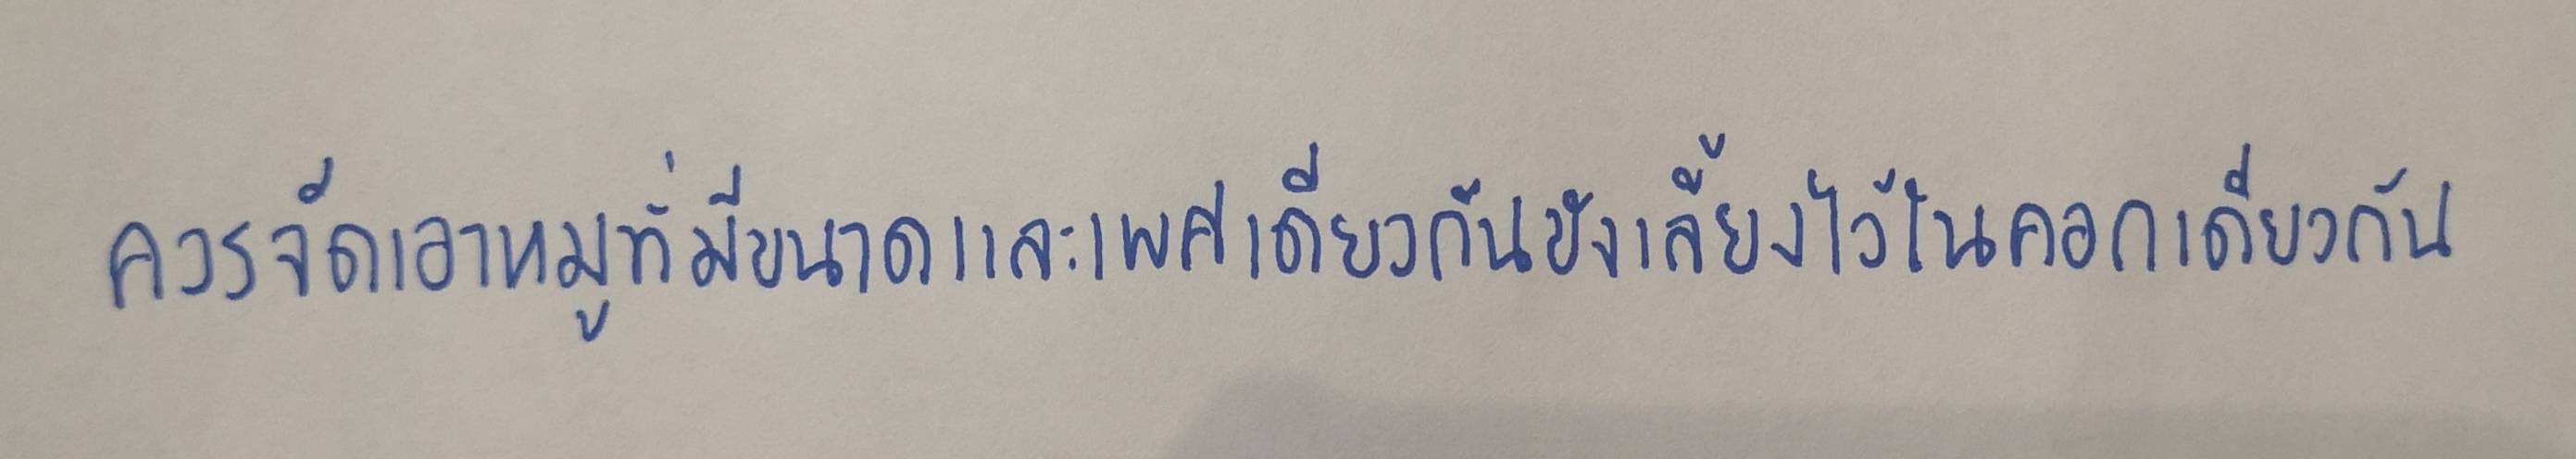
ควรจัดเอาหมูที่มีขนาดและเพศเดียวกันขังเลี้ยงไว้ในคอกเดียวกัน